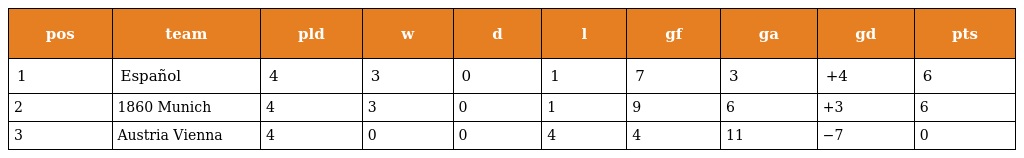
| pos | team | pld | w | d | l | gf | ga | gd | pts |
 | --- | --- | --- | --- | --- | --- | --- | --- | --- | --- |
 | 1 | Español | 4 | 3 | 0 | 1 | 7 | 3 | +4 | 6 |
 | 2 | 1860 Munich | 4 | 3 | 0 | 1 | 9 | 6 | +3 | 6 |
 | 3 | Austria Vienna | 4 | 0 | 0 | 4 | 4 | 11 | −7 | 0 |